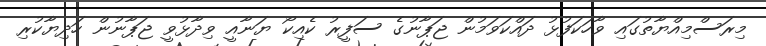
މިރަސްމިއްޔާތުގައި ވާހަކަފުޅު ދައްކަވަމުން ޖަޕާނުގެ ސަފީރު ކެއިކޯ ޔަނާއީ ވިދާޅުވީ ޖަޕާނުން ހަދިޔާކުރި